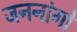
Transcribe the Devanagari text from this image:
जननांगो